Annual report of lunatic asylums [Bombay] - 1912-1922
Year: 1912
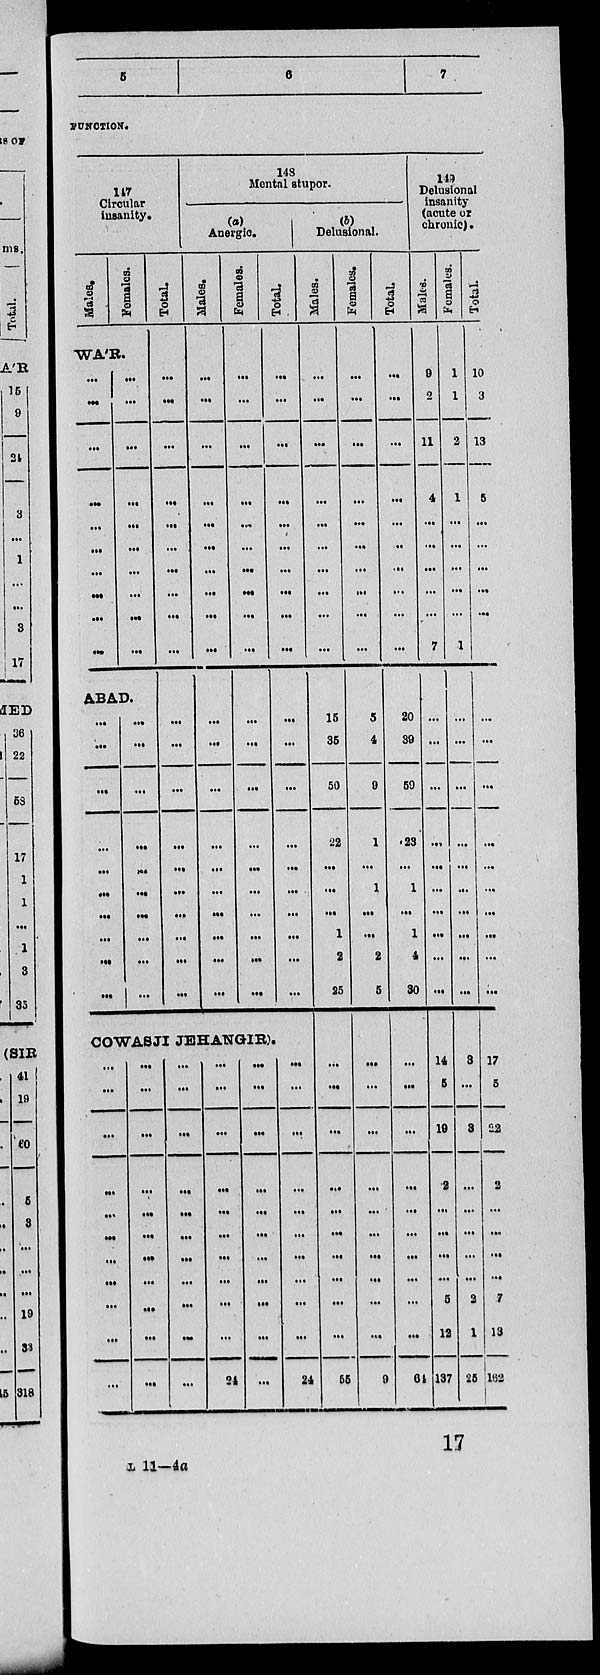
5
6
7
FUNCTION.
147
Circular
insanity.
Males.
Females.
WA'R.
... ...
...
...
...
...
...
...
...
...
...
...
...
...
...
...
...
...
...
...
ABAD.
...
...
...
...
...
...
...
...
...
...
...
...
...
...
...
...
...
...
...
...
Total.
...
...
...
...
...
...
...
...
...
...
...
...
...
...
...
...
...
...
...
...
148
Mental stupor.
(a)
Anergic.
Males.
...
...
...
...
...
...
...
...
...
...
...
...
...
...
...
...
...
...
...
...
Females.
...
...
...
...
...
...
...
...
...
...
...
...
...
...
...
...
...
...
...
...
Total.
...
...
...
...
...
...
...
...
...
...
...
...
...
...
...
...
...
...
...
...
COWASJI JEHANGIR).
...
...
...
...
...
...
...
...
...
...
...
...
...
...
...
...
...
...
...
...
...
...
...
...
...
...
...
...
...
...
...
...
...
...
...
...
...
...
...
...
...
...
...
24
...
...
...
...
...
...
...
...
...
...
...
...
...
...
...
...
...
...
...
...
...
24
(b)
Delusional.
Males.
...
...
...
...
...
...
...
...
...
...
15
35
50
22
...
...
...
1
2
25
...
...
...
...
...
...
...
...
...
...
55
Females.
...
...
...
...
...
...
...
...
...
...
5
4
9
1
...
1
...
...
2
5
...
...
...
...
...
...
...
...
...
...
9
Total.
...
...
...
...
...
...
...
...
...
...
20
39
59
23
...
1
...
1
4
30
...
...
...
...
...
...
...
...
...
...
64
149
Delusional
insanity
(acute or
chronic).
Males.
9
2
11
4
...
...
...
...
...
7
...
...
...
...
...
...
...
...
...
...
14
5
19
2
...
...
...
...
5
12
137
Females.
1
1
2
1
...
...
...
...
...
1
...
...
...
...
...
...
...
...
...
...
3
...
3
...
...
...
...
...
2
1
25
Total.
10
3
13
5
...
...
...
...
...
8
...
...
...
...
...
...
...
...
...
...
17
5
22
2
...
...
...
...
7
13
162
17
L 11—4a